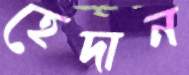
হেদান